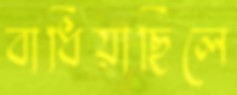
বাধিয়াছিলে